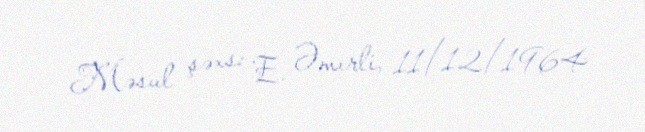
Məsul şəxs: E. Əmirli, 11/12/1964